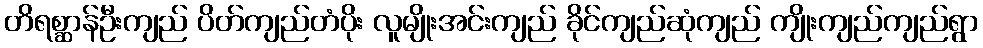
တိရစ္ဆာန်ဦးကျည် ပိတ်ကျည်တံပိုး လူမျိုးအင်းကျည် ခိုင်ကျည်ဆုံကျည် ကျိုးကျည်ကျည်ရွာ